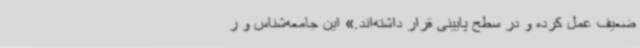
ضعیف عمل کرده و در سطح پایینی قرار داشته‌اند.» این جامعه‌شناس و ر